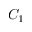
C _ { 1 }